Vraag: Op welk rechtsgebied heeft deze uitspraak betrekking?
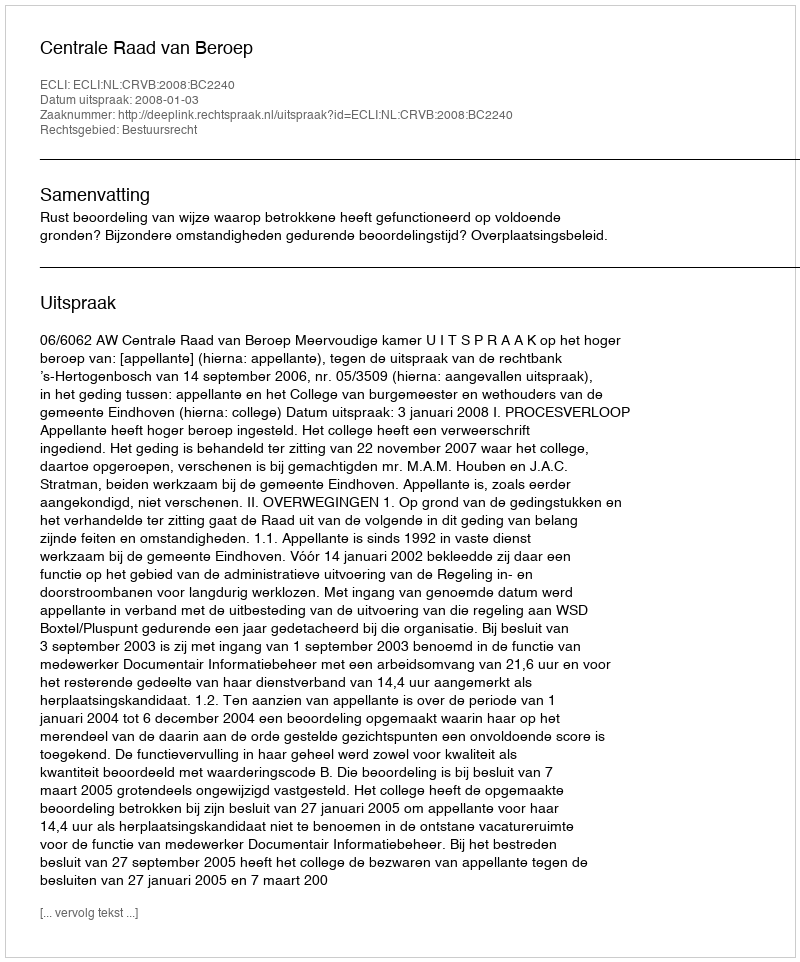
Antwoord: Bestuursrecht